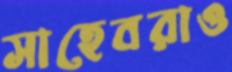
সাহেবরাও